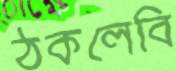
ঠকলেবি